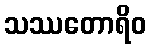
သဿတောရိဝ